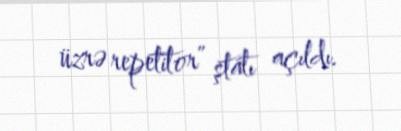
üzrə repetitor” ştatı açıldı.